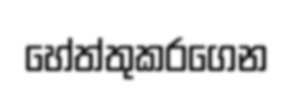
හේත්තුකරගෙන